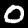
Digit: 0